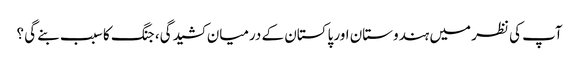
آپ کی نظر میں ہندوستان اور پاکستان کے درمیان کشیدگی، جنگ کا سبب بنے گی ؟